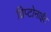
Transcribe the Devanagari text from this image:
ग्रिप्टोनाईट